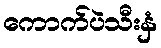
ကောက်ပဲသီးနှံ